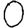
Digit: 0